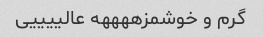
گرم و خوشمزههههه عالییییی